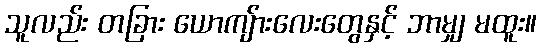
သူလည်း တခြား ယောကျ်ားလေးတွေနှင့် ဘာမျှ မထူး။